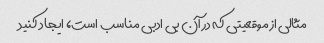
مثالی از موقعیتی که در آن بی ادبی مناسب است، ایجاد کنید